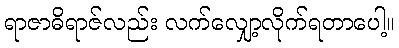
ရာဇာဓိရာဇ်လည်း လက်လျှော့လိုက်ရတာပေါ့။